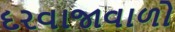
દરવાજાવાળો